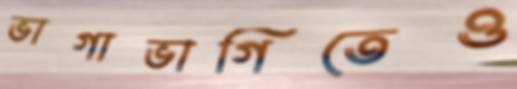
ভাগাভাগিতেও